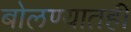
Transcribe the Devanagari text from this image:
बोलण्यातही